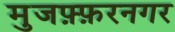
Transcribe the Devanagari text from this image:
मुजफ़्फ़रनगर